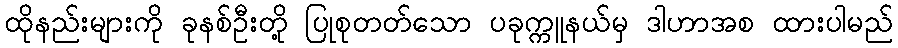
ထိုနည်းများကို ခုနစ်ဦးတို့ ပြုစုတတ်သော ပခုက္ကူနယ်မှ ဒါဟာအစ ထားပါမည်